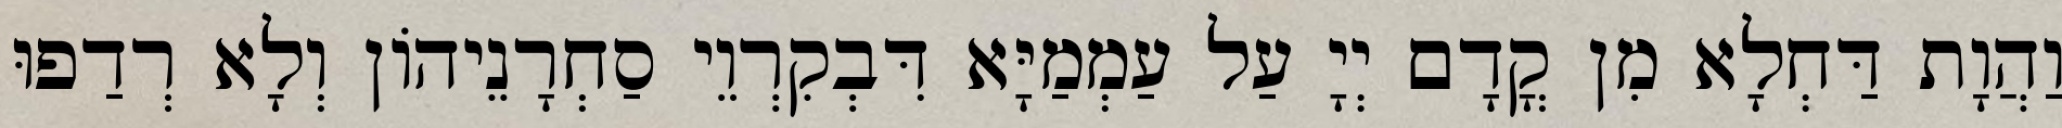
וַהֲוָת דַּחְלָא מִן קֳדָם יְיָ עַל עַמְמַיָּא דִּבְקִרְוֵי סַחְרָנֵיהוֹן וְלָא רְדַפוּ